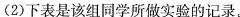
(2)下表是该组同学所做实验的记录。